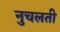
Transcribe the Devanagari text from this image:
नुचलती